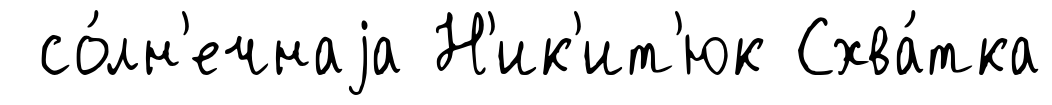
со́лн'ечнаjа Н'ик'ит'юк Схва́тка